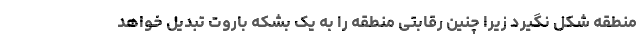
منطقه شکل نگیرد زیرا چنین رقابتی منطقه را به یک بشکه باروت تبدیل خواهد